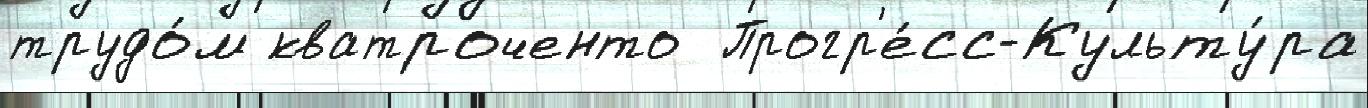
трудо́м кватроченто  Прогр'е́сс-Культу́ра